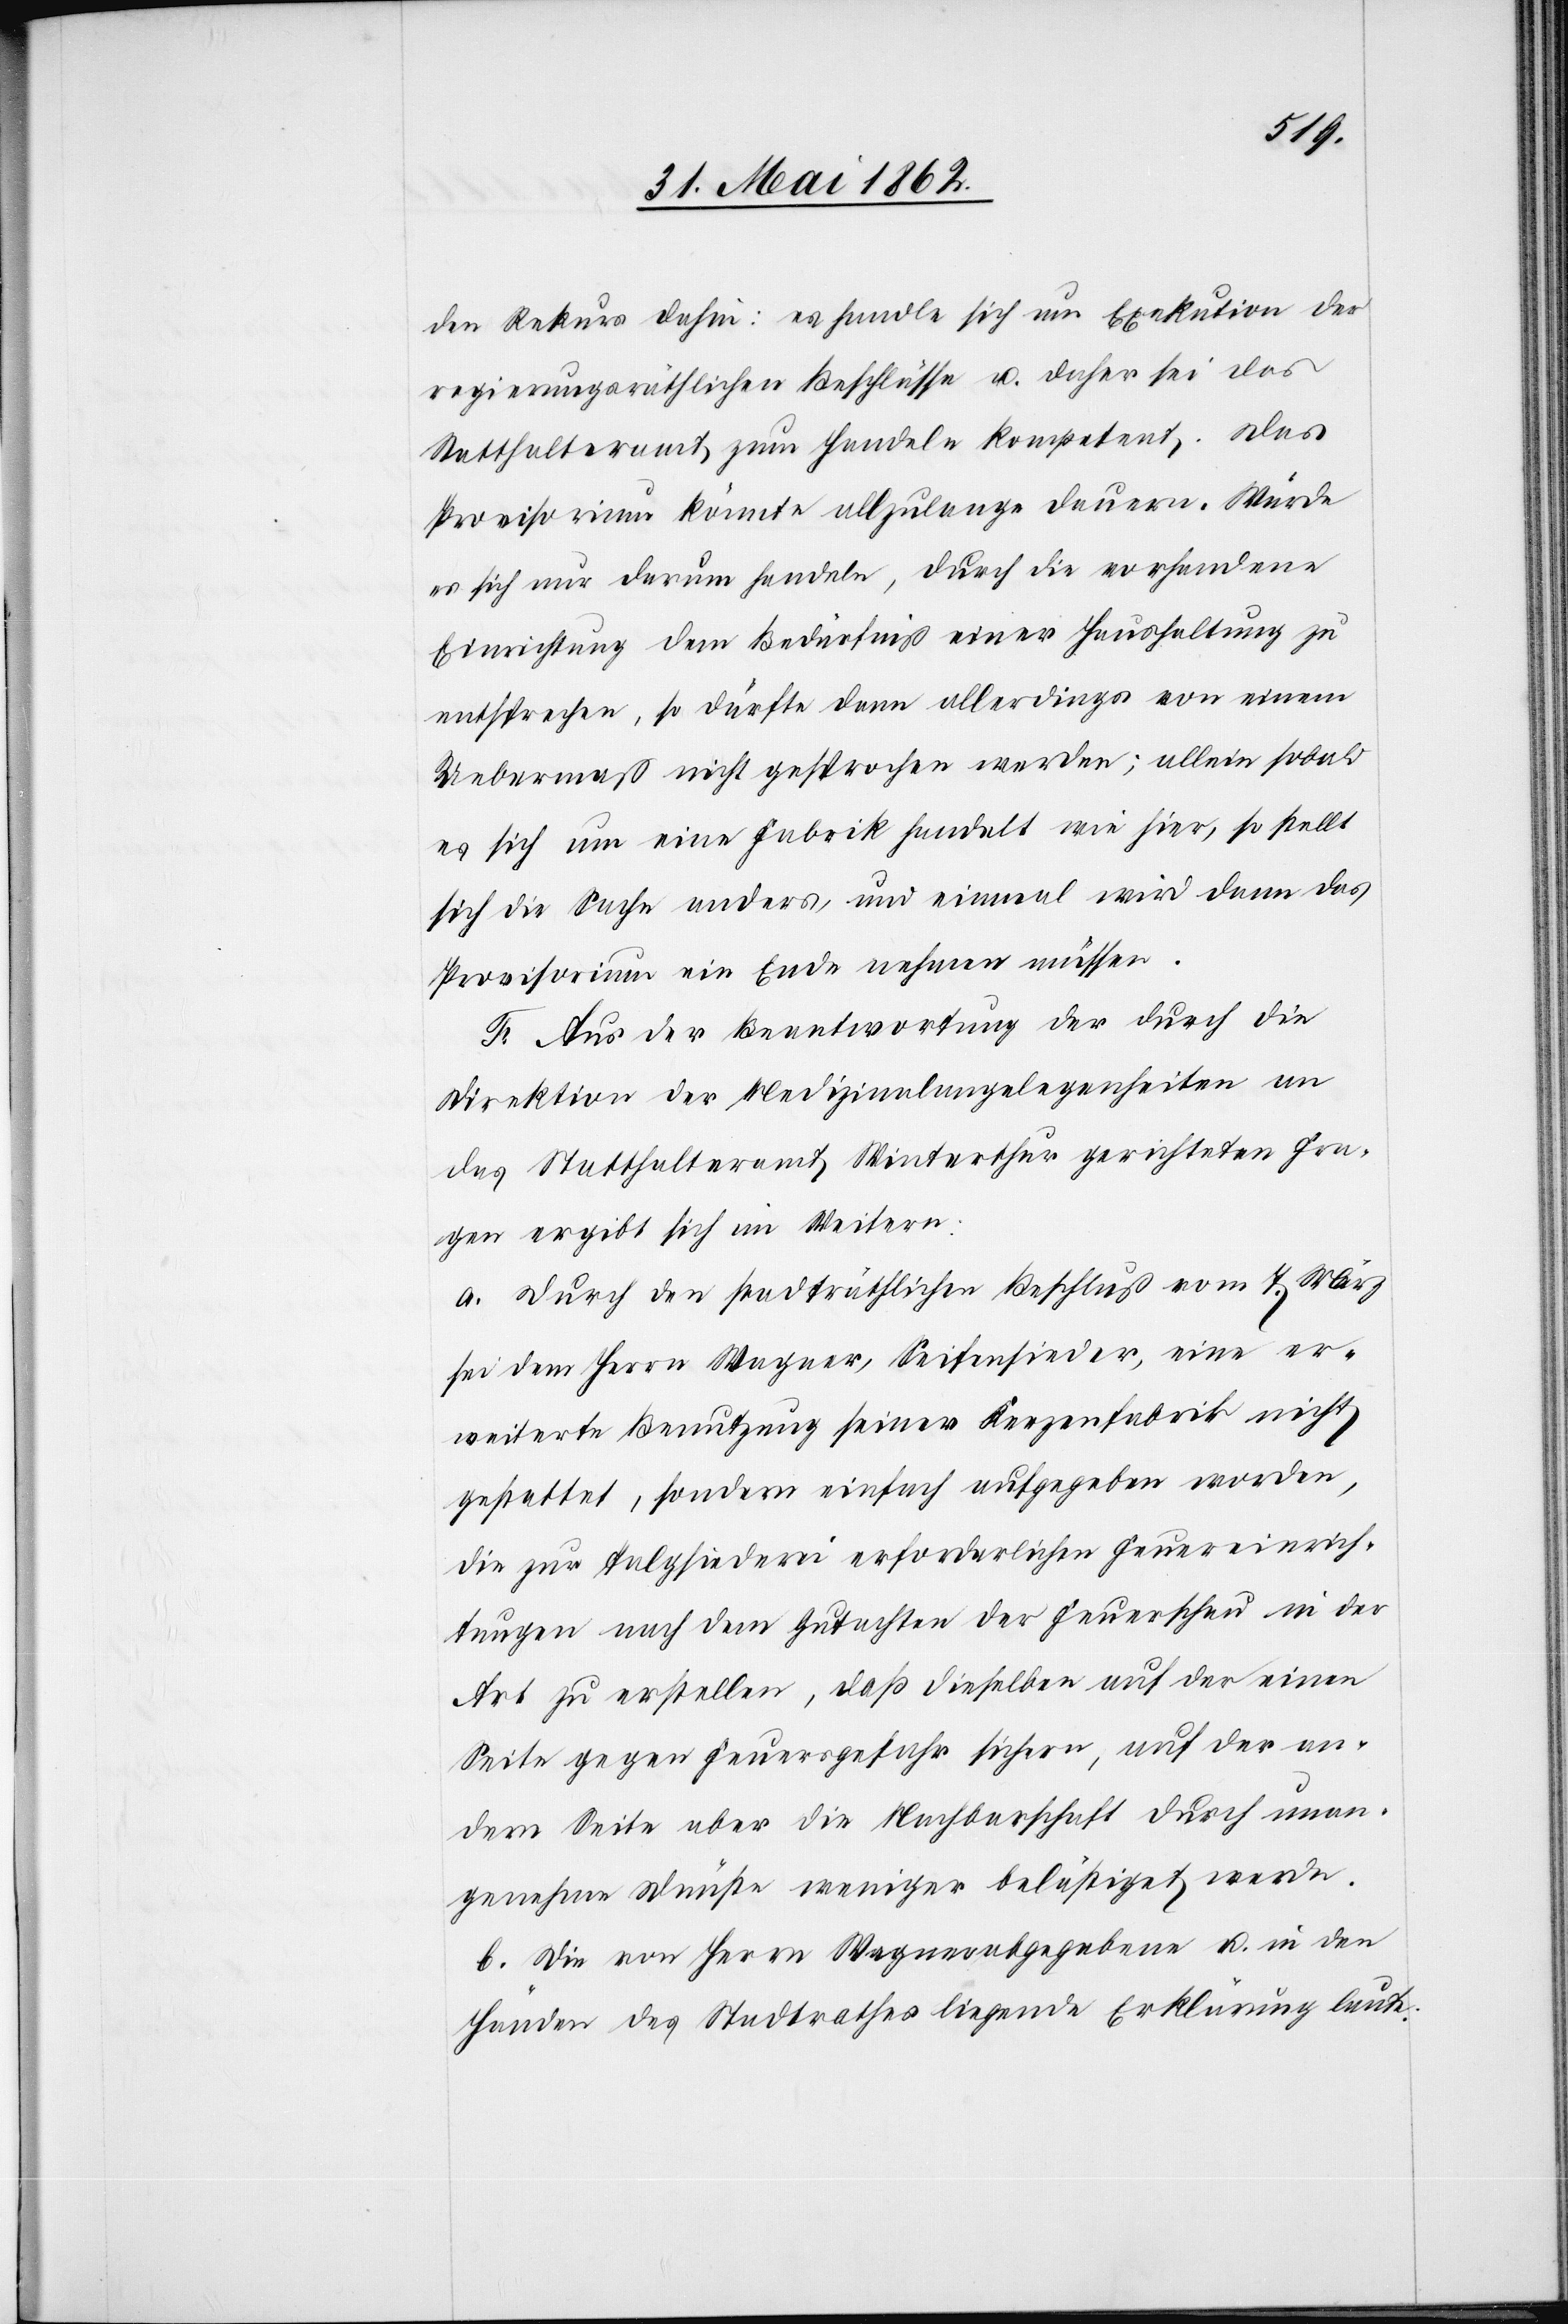
den Rekurs dahin: es handle sich um Exekution der
regierungsräthlichen Beschlüsse u. daher sei das
Statthalteramt zum Handeln kompetent. Das
Provisorium könnte allzulange dauern. Würde
es sich nur darum handeln, durch die vorhandene
Einrichtung dem Bedürfniß einer Haushaltung zu
entsprechen, so dürfte dann allerdings von einem
Uebermaß nicht gesprochen werden; allein sobald
es sich um eine Fabrik handelt wie hier, so stellt
sich die Sache anders, und einmal wird dann das
Provisorium ein Ende nehmen müssen.
F. Aus der Beantwortung der durch die
Direktion der Medizinalangelegenheiten an
das Statthalteramt Winterthur gerichteten Fra¬
gen ergibt sich im Weitern:
a. Durch den stadträthlichen Beschluß vom 7. März
sei dem Herrn Wagner, Seifensieder, eine er¬
weiterte Benutzung seiner Kerzenfabrik nicht
gestattet, sondern einfach aufgegeben worden,
die zur Talgsiederei erforderlichen Feuereinrich¬
tungen nach dem Gutachten der Feuerschau in der
Art zu erstellen, daß dieselben auf der einen
Seite gegen Feuersgefahr sichern, auf der an¬
dern Seite aber die Nachbarschaft durch unan¬
genehme Dünste weniger belästiget werde.
b. Die von Herrn Wagner abgegebene u. in den
Händen des Stadtrathes liegende Erklärung laute: